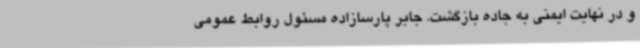
و در نهایت ایمنی به جاده بازگشت. جابر پارسازاده مسئول روابط عمومی